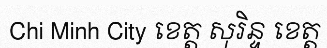
Chi Minh City ខេត្ត សុរិន្ទ ខេត្ត